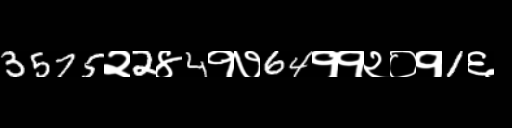
Text: 3575२2४4१७64११२०१1६